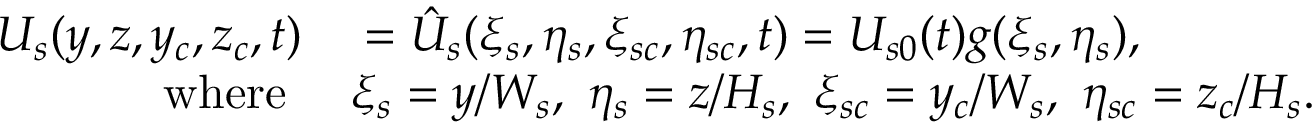
\begin{array} { r l } { U _ { s } ( y , z , y _ { c } , z _ { c } , t ) } & { { } = \hat { U } _ { s } ( \xi _ { s } , \eta _ { s } , \xi _ { s c } , \eta _ { s c } , t ) = U _ { s 0 } ( t ) g ( \xi _ { s } , \eta _ { s } ) , } \\ { \mathrm { ~ ~ ~ w h e r e ~ } } & { { } \xi _ { s } = y / W _ { s } , ~ \eta _ { s } = z / H _ { s } , ~ \xi _ { s c } = y _ { c } / W _ { s } , ~ \eta _ { s c } = z _ { c } / H _ { s } . } \end{array}